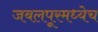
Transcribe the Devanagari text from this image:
जबलपूरमध्येच